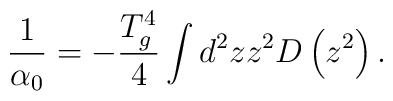
\frac{1}{\alpha_0}=-\frac{T_g^4}{4}\int d^2zz^2D\left(z^2\right).